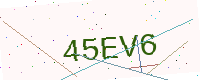
Text: 45EV6